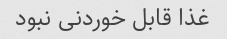
غذا قابل خوردنی نبود